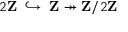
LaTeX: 2 \mathbf { Z } \; \; { \hookrightarrow } \; \; \mathbf { Z } \twoheadrightarrow \mathbf { Z } / 2 \mathbf { Z }